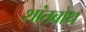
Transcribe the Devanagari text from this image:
शांतबोध